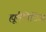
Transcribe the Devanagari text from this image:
ह्यूमैनिटिज